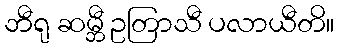
ဘီရု ဆမ္ဘီ ဥတြာသီ ပလာယီတိ။